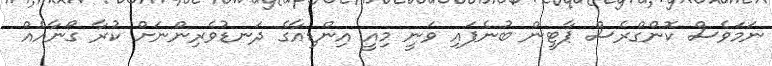
ނަމަވެސް ކޮންގްރެސް ޕާޓީން ބުނެފައި ވަނީ މިއީ އިންޑިއާގެ ދަނޑުވެރިންނަށް ކުރާ ގޯނާއެއް